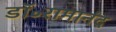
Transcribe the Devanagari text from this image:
डॉ॰रामानंद